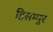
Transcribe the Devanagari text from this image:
हिसम्पुर